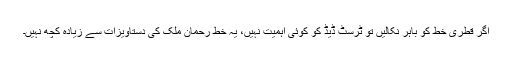
اگر قطری خط کو باہر نکالیں تو ٹرسٹ ڈیڈ کو کوئی اہمیت نہیں، یہ خط رحمان ملک کی دستاویزات سے زیادہ کچھ نہیں۔